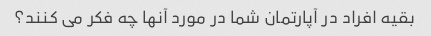
بقیه افراد در آپارتمان شما در مورد آنها چه فکر می کنند؟